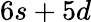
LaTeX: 6s+5d